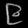
Digit: ၉